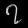
Digit: ၇